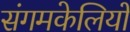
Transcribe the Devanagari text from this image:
संगमकेलियों